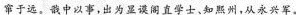
窜于远。哉中以事，出为显误阁直学士、知熙州，从永兴军。